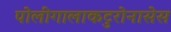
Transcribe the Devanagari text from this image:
पोलीगालाकटुरोनासेस